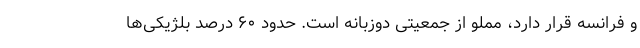
و فرانسه قرار دارد، مملو از جمعیتی دوزبانه است. حدود ۶۰ درصد بلژیکی‌ها